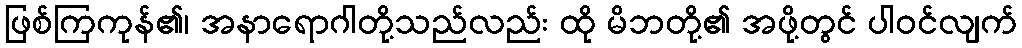
ဖြစ်ကြကုန်၏၊ အနာရောဂါတို့သည်လည်း ထို မိဘတို့၏ အဖို့တွင် ပါဝင်လျက်